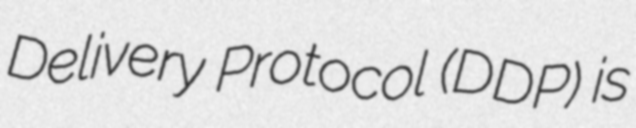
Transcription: Delivery Protocol (DDP) is